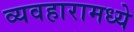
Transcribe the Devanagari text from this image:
व्यवहारामध्ये